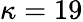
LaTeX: \kappa=19